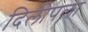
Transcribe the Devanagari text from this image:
दिलीपला